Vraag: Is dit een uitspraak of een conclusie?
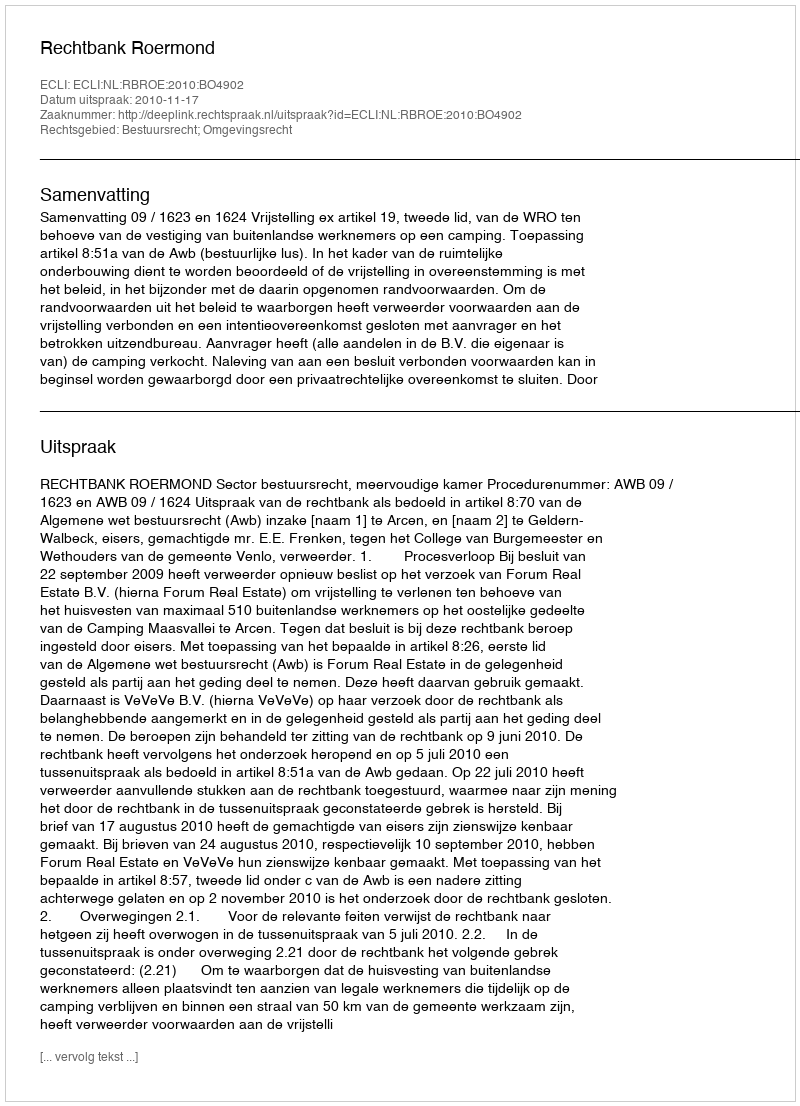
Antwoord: Uitspraak